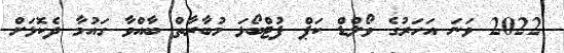
2022 ވަނަ އަހަރުގެ ވޯލްޑް ކަޕް ފުޓްބޯޅަ މުބާރާތް ބާއްވާ ގައުމާ ދެކޮޅަށް